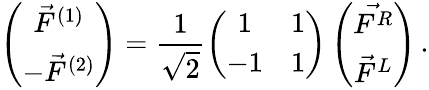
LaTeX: \left(\begin{array}{c}{{\vec{F}^{(1)}}}\\ {{-\vec{F}^{(2)}}}\end{array}\right)=\frac{1}{\sqrt{2}}\left(\begin{array}{cc}{{1}}&{{1}}\\ {{-1}}&{{1}}\end{array}\right)\left(\begin{array}{c}{{\vec{F^{R}}}}\\ {{\vec{F}^{L}}}\end{array}\right)\, .